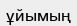
ұйымың